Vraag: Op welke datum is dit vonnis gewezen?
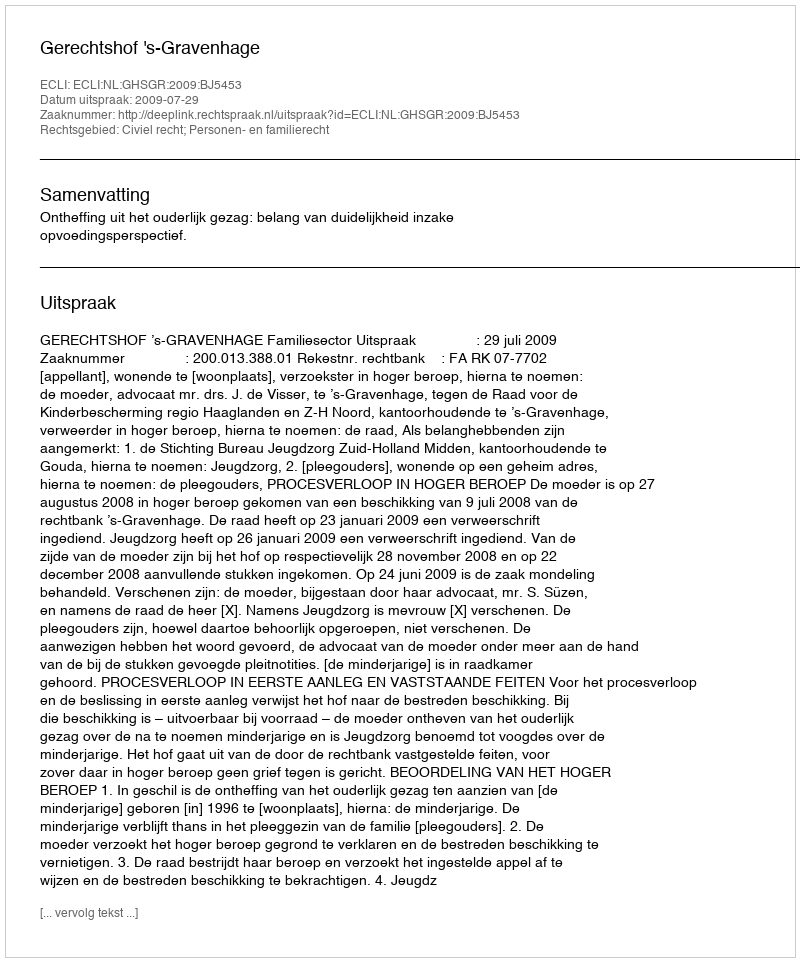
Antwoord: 2009-07-29